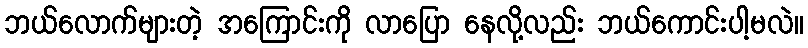
ဘယ်လောက်များတဲ့ အကြောင်းကို လာပြော နေလို့လည်း ဘယ်ကောင်းပါ့မလဲ။